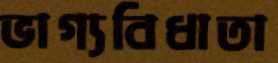
ভাগ্যবিধাতা